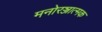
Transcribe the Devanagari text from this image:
मनोरञ्जात्मक